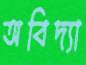
অবিদ্যা